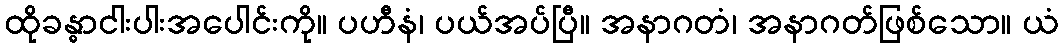
ထိုခန္ဓာငါးပါးအပေါင်းကို။ ပဟီနံ၊ ပယ်အပ်ပြီ။ အနာဂတံ၊ အနာဂတ်ဖြစ်သော။ ယံ